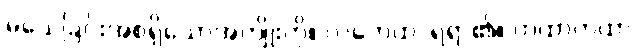
မသေခြင်းအစရှိသောအကျိုးကို။ လဘေထ၊ ရရာ၏။ တထာတထာ၊